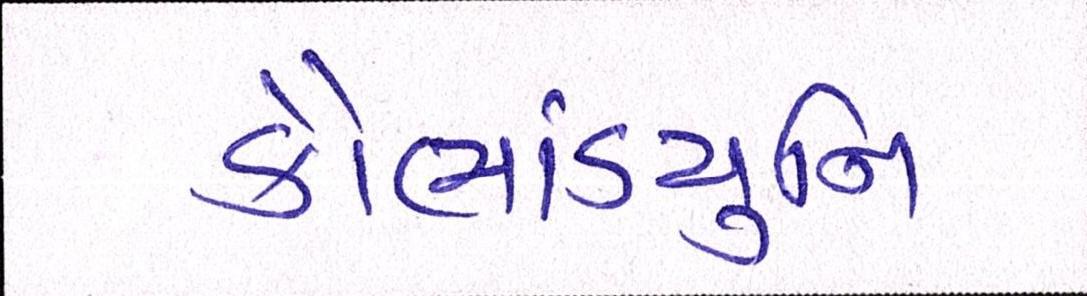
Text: કૌભાંડયુનિ